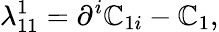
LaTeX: \lambda_{11}^{1}=\partial^{i}\mathbb{C}_{1i}-\mathbb{C}_{1},